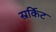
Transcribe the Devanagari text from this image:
स्रर्किट